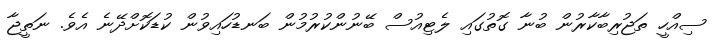
ސިއްހީ ތަޖުރިބާކާރުން ބުނާ ގޮތުގައި ލެޓިއުސް ބޭނުންކުރުމުން ބަނޑުހައިވުން ކުޑަކޮށްދޭނެ އެވެ. ނަތީޖާ